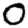
Digit: 0